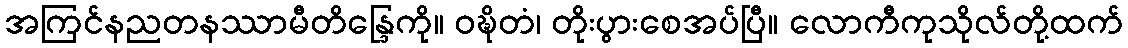
အကြင်နညတနဿာမီတိန္ဒြေကို။ ဝဍ္ဎိတံ၊ တိုးပွားစေအပ်ပြီ။ လောကီကုသိုလ်တို့ထက်